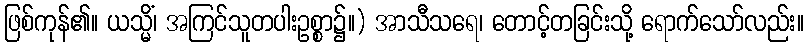
ဖြစ်ကုန်၏။ ယသ္မိံ၊ အကြင်သူတပါးဥစ္စာ၌။) အာသီသရေ၊ တောင့်တခြင်းသို့ ရောက်သော်လည်း။